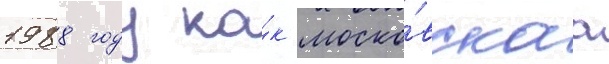
1988 году ка́к моско́вскаа